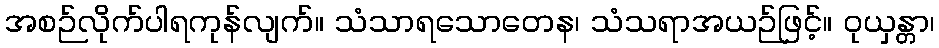
အစဉ်လိုက်ပါရကုန်လျက်။ သံသာရသောတေန၊ သံသရာအယဉ်ဖြင့်။ ဝုယှန္တာ၊